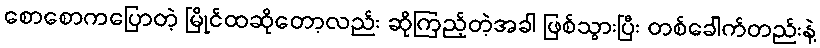
စောစောကပြောတဲ့ မြိုင်ထဆိုတော့လည်း ဆိုကြည့်တဲ့အခါ ဖြစ်သွားပြီး တစ်ခေါက်တည်းနဲ့